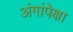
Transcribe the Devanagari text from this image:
अंगांपेक्षा